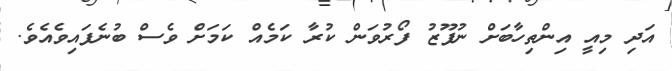
އަދި މިއީ އިންތިހާބަށް ނުފޫޒު ފޯރުވަން ކުރާ ކަމެއް ކަމަށް ވެސް ބުނެފައިވެއެވެ.